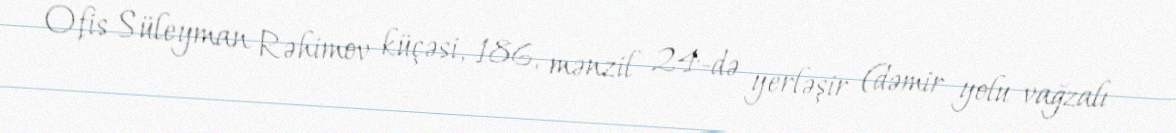
Ofis Süleyman Rəhimov küçəsi, 186, mənzil 24-də yerləşir (dəmir yolu vağzalı